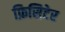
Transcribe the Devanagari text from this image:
फ़िसिटेर